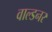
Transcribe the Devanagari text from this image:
वाल्डनर